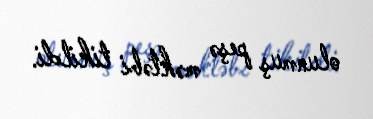
olunmuş peşə məktəbi tikildi.